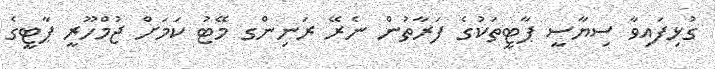
ގުޅިފައިވާ ސިޔާސީ ޕާޓީތަކުގެ ފަރާތުން ނެރޭ ރަނިންގ މޭޓު ކަމަށް ޖުމްހޫރީ ޕާޓީގެ